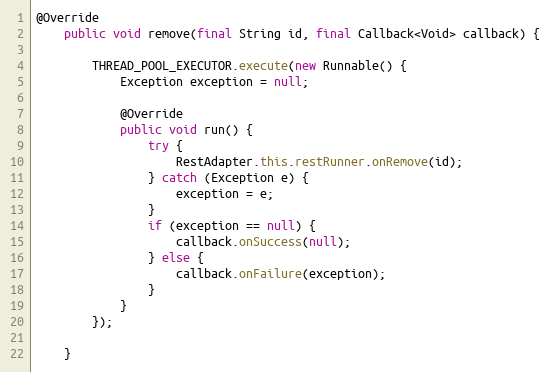
Language: Java
@Override
    public void remove(final String id, final Callback<Void> callback) {

        THREAD_POOL_EXECUTOR.execute(new Runnable() {
            Exception exception = null;

            @Override
            public void run() {
                try {
                    RestAdapter.this.restRunner.onRemove(id);
                } catch (Exception e) {
                    exception = e;
                }
                if (exception == null) {
                    callback.onSuccess(null);
                } else {
                    callback.onFailure(exception);
                }
            }
        });

    }